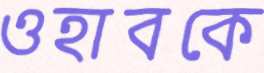
ওহাবকে